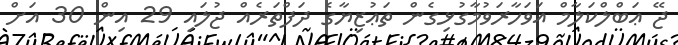
ޖޭ ޢަބްލްކަލާމް އަވަހާރަވުމާގުޅިގެން ތަޢުޒިޔާގެ ދަފްތަރެއް ޖުލައި 29 އިން 30 އަށް